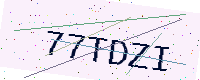
Text: 77TDZI